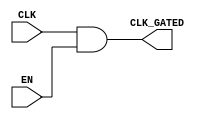
module static_clock_gating (
    input wire CLK,        // Primary clock signal
    input wire EN,         // Enable signal
    output wire CLK_GATED  // Gated clock signal
);

// Gating logic: AND gate to generate the gated clock signal
assign CLK_GATED = CLK & EN;

endmodule